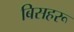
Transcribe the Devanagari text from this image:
बिसहरू